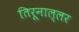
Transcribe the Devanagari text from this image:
तिरूनाल्लर